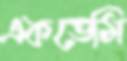
একডেমি